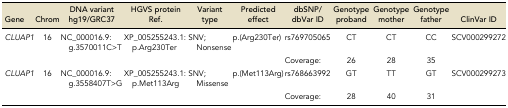
<table><thead><tr><td><b>Gene</b></td><td><b>Chrom</b></td><td><b>DNA variant hg19/GRC37</b></td><td><b>HGVS protein Ref.</b></td><td><b>Variant type</b></td><td><b>Predicted effect</b></td><td><b>dbSNP/dbVar ID</b></td><td><b>Genotype proband</b></td><td><b>Genotype mother</b></td><td><b>Genotype father</b></td><td><b>ClinVar ID</b></td></tr></thead><tbody><tr><td><i>CLUAP1</i></td><td>16</td><td>NC_000016.9:g.3570011C&gt;T</td><td>XP_005255243.1:p.Arg230Ter</td><td>SNV; Nonsense</td><td>p.(Arg230Ter)</td><td>rs769705065</td><td>CT</td><td>CT</td><td>CC</td><td>SCV000299272</td></tr><tr><td></td><td></td><td></td><td></td><td></td><td></td><td>Coverage:</td><td>26</td><td>28</td><td>35</td><td></td></tr><tr><td><i>CLUAP1</i></td><td>16</td><td>NC_000016.9:g.3558407T&gt;G</td><td>XP_005255243.1:p.Met113Arg</td><td>SNV; Missense</td><td>p.(Met113Arg)</td><td>rs768663992</td><td>GT</td><td>TT</td><td>GT</td><td>SCV000299273</td></tr><tr><td></td><td></td><td></td><td></td><td></td><td></td><td>Coverage:</td><td>28</td><td>40</td><td>31</td><td></td></tr></tbody></table>